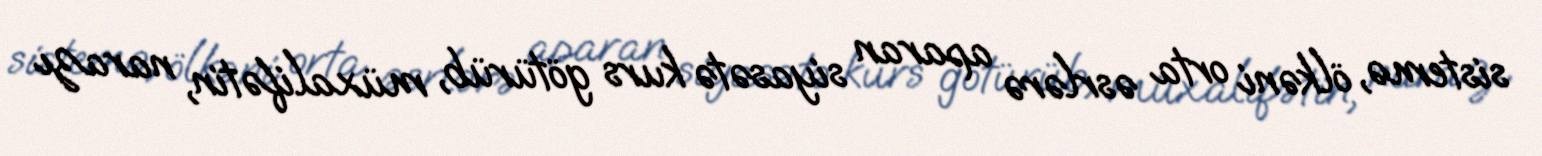
sistemə, ölkəni orta əsrlərə aparan siyasətə kurs götürüb, müxalifətin, narazı